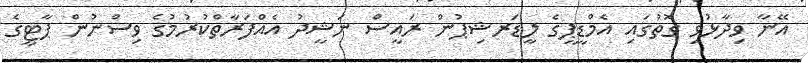
އޭނާ ވިދާޅުވި ގޮތުގައި އެމްޑީޕީގެ ލީޑަރޝިޕުން ރައީސް ނަޝީދު އެއްފަރާތްކުރުމުގެ ވިސްނުން ޕާޓީގެ